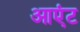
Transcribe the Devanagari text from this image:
आएंट